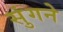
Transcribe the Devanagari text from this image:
सुंगने